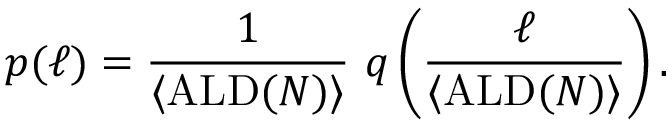
p ( \ell ) = \frac 1 { \langle \mathrm { A L D } ( N ) \rangle } \ q \left( \frac { \ell } { \langle \mathrm { A L D } ( N ) \rangle } \right) .